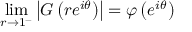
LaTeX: \operatorname* { l i m } _ { r \to 1 ^ { - } } \left| G \left( r e ^ { i \theta } \right) \right| = \varphi \left( e ^ { i \theta } \right)